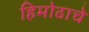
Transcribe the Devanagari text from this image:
हिमोढाचे